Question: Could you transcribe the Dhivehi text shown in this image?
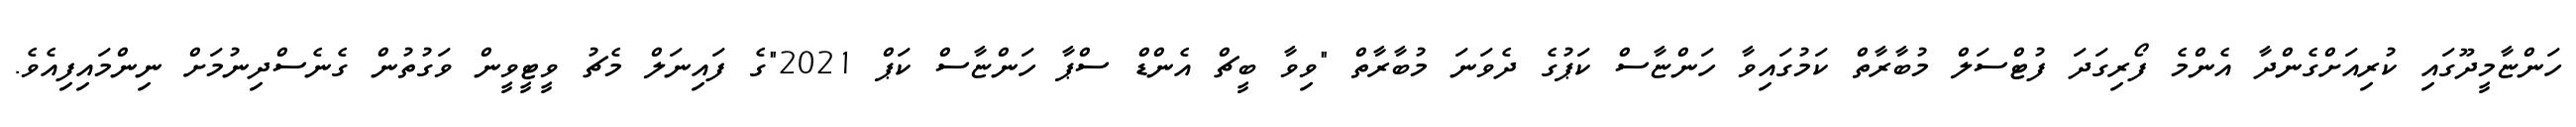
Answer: ހަންޏާމީދޫގައި ކުރިއަށްގެންދާ އެންމެ ފޯރިގަދަ ފުޓްސަލް މުބާރާތް ކަމުގައިވާ ހަންޏާސް ކަޕުގެ ދެވަނަ މުބާރާތް "ވިވާ ބީޗް އެންޑް ސްޕާ ހަންޏާސް ކަޕް 2021"ގެ ފައިނަލް މެޗު ވީޓީވީން ވަގުތުން ގެނެސްދިނުމަށް ނިންމައިފިއެވެ.